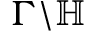
\Gamma \backslash \mathbb { H }